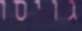
גויסו